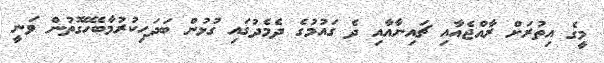
މީގެ އިތުރަށް ރާއްޖެއާއި ޗައިނާއާއި ދެ ގައުމުގެ ދެމެދުގައި ގުޅުން ބަދަހިކުރުމާބެހޭގޮތުން ވަނީ